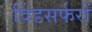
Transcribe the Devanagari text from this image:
विंडसर्फरों